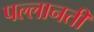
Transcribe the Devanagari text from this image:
पल्लानती